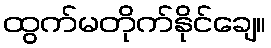
ထွက်မတိုက်နိုင်ချေ။